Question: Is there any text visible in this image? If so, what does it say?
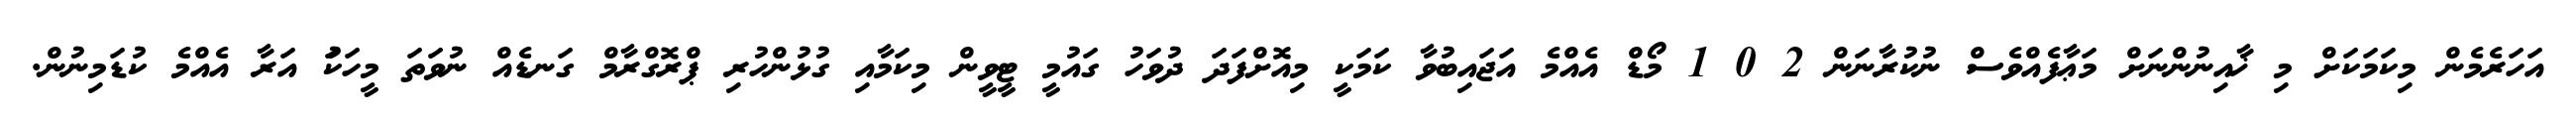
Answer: އަހަރެމެން މިކަމަކަށް މި ޚާއިނުންނަށް މަޢާފެއްވެސް ނުކުރާނަން 2 0 1 މޯޑް އެއްމެ އަޖައިބުވާ ކަމަކީ މިއޮށްފަދަ ދުވަހު ގައުމީ ޓީވީން މިކަމާއި ގުޅުންހުރި ޕްރޮގްރާމް ގަނޑެއް ނުވަތަ މީހަކަު އަރާ އެއްމެ ކުޑަމިނުން.